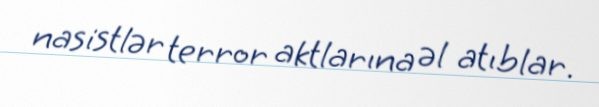
nasistlər terror aktlarına əl atıblar.